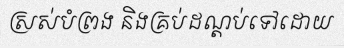
ស្រស់បំព្រង និងគ្រប់ដណ្តប់ទៅដោយ